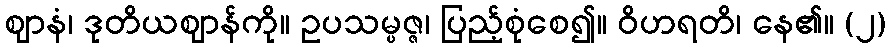
ဈာနံ၊ ဒုတိယဈာန်ကို။ ဥပသမ္ပဇ္ဇ၊ ပြည့်စုံစေ၍။ ဝိဟရတိ၊ နေ၏။ (၂)